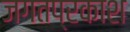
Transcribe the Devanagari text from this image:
जगतप्रकाश